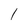
Character: I